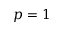
p = 1